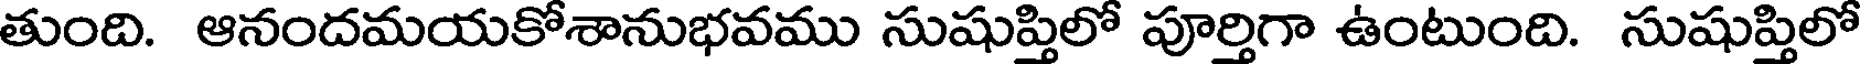
తుంది. ఆనందమయకోశానుభవము సుషుప్తిలో పూర్తిగా ఉంటుంది. సుషుప్తిలో